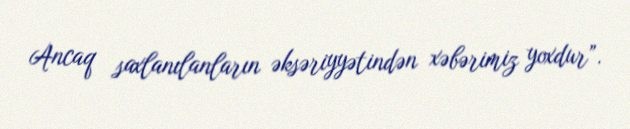
Ancaq saxlanılanların əksəriyyətindən xəbərimiz yoxdur”.